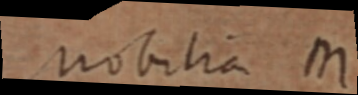
mobilia M